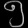
Digit: ၅